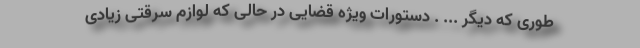
طوری که دیگر ... . دستورات ویژه قضایی در حالی که لوازم سرقتی زیادی